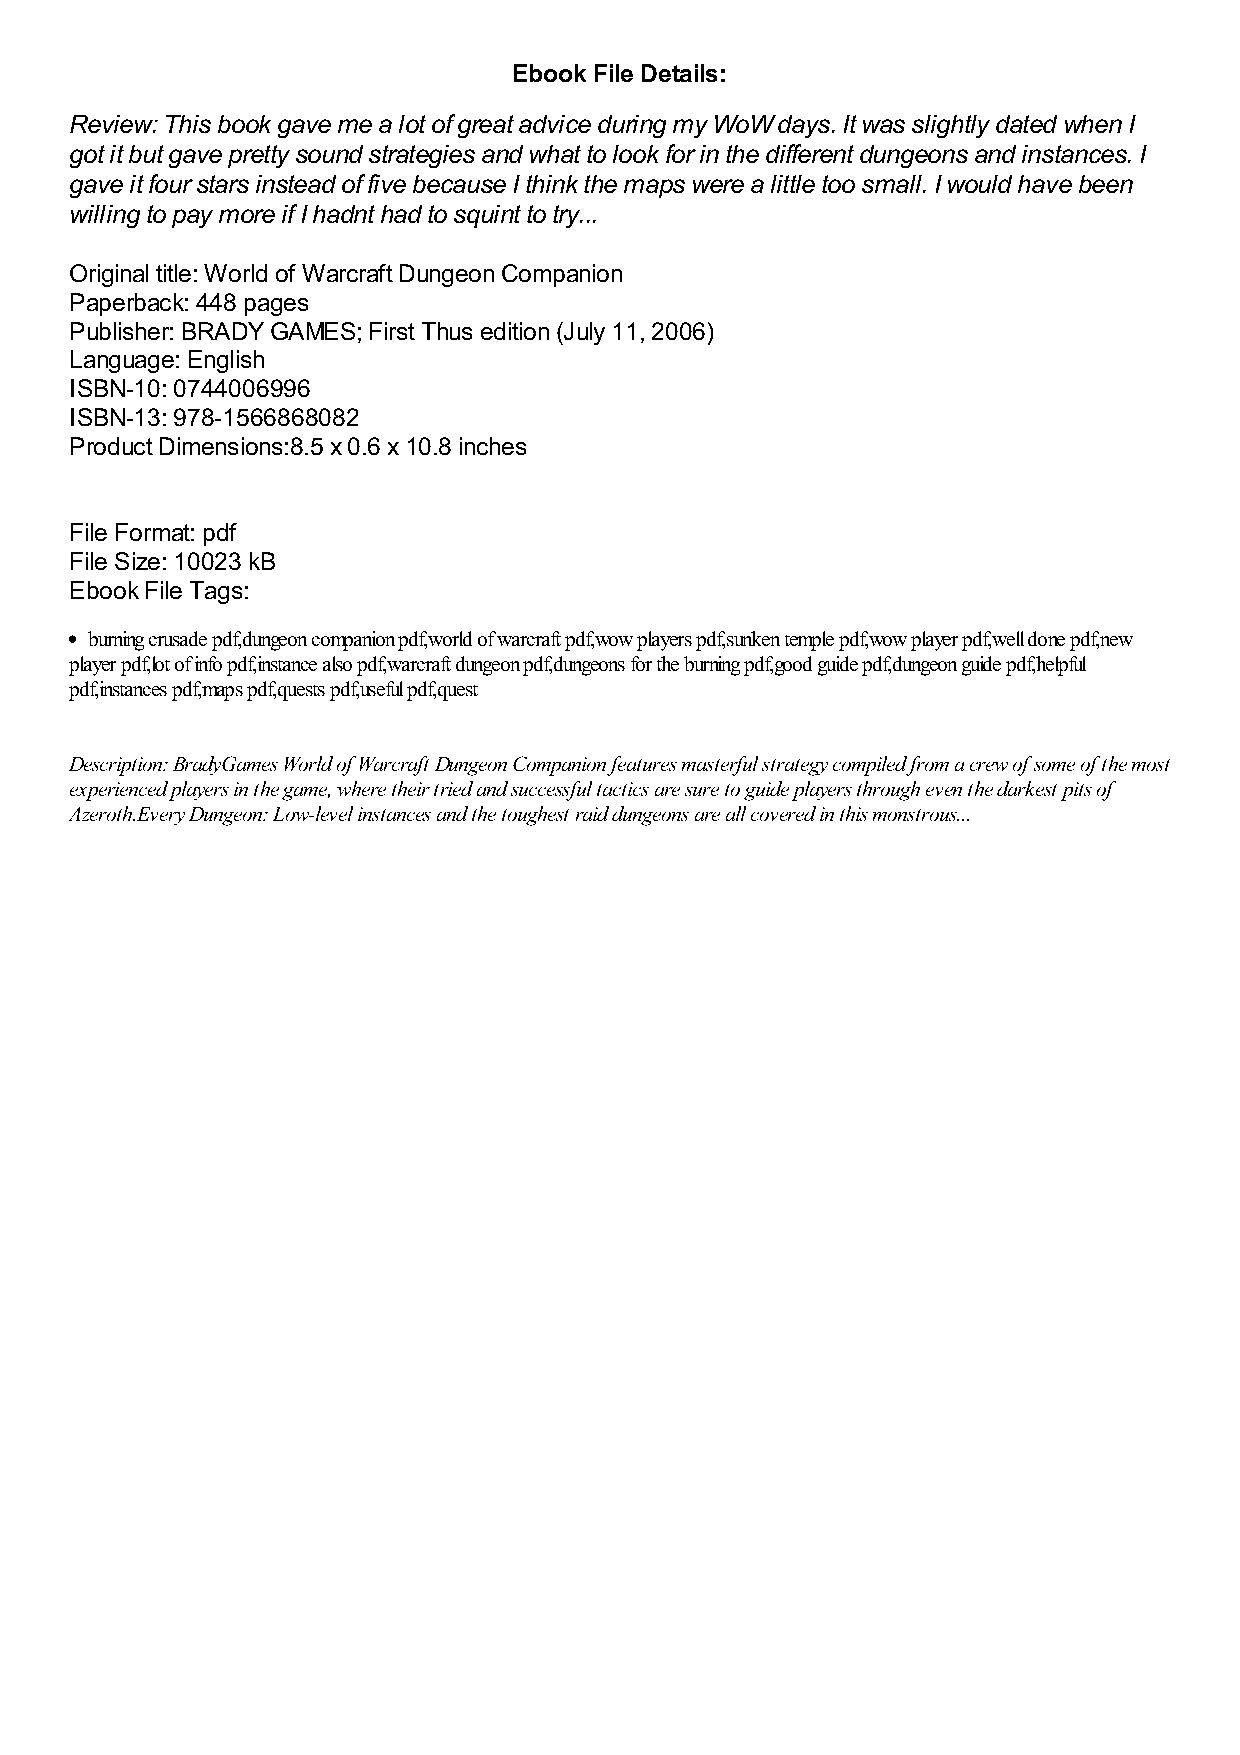
Ebook File Details:
 Review: This book gave me a lot of great advice during my WoW days. It was slightly dated when I
 got it but gave pretty sound strategies and what to look for in the different dungeons and instances. I
 gave it four stars instead of five because I think the maps were a little too small. I would have been
 willing to pay more if I hadnt had to squint to try...
 Original title: World of Warcraft Dungeon Companion
 Paperback: 448 pages
 Publisher: BRADY GAMES; First Thus edition (July 11, 2006)
 Language: English
 ISBN-10: 0744006996
 ISBN-13: 978-1566868082
 Product Dimensions:8.5 x 0.6 x 10.8 inches
 File Format: pdf
 File Size: 10023 kB
 Ebook File Tags:
 burning crusade pdf,dungeon companion pdf,world of warcraft pdf,wow players pdf,sunken temple pdf,wow player pdf,well done pdf,new
 player pdf,lot of info pdf,instance also pdf,warcraft dungeon pdf,dungeons for the burning pdf,good guide pdf,dungeon guide pdf,helpful
 pdf,instances pdf,maps pdf,quests pdf,useful pdf,quest
 Description: BradyGames World of Warcraft Dungeon Companion features masterful strategy compiled from a crew of some of the most
 experienced players in the game, where their tried and successful tactics are sure to guide players through even the darkest pits of
 Azeroth.Every Dungeon: Low-level instances and the toughest raid dungeons are all covered in this monstrous...